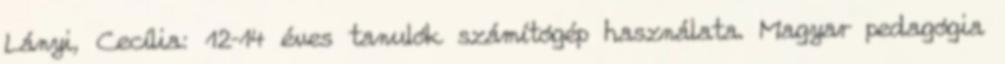
Lányi, Cecília: 12–14 éves tanulók számítógép használata. Magyar pedagógia